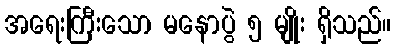
အရေးကြီးသော မနောပွဲ ၅ မျိုး ရှိသည်။